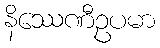
နိဿေဏီဥပမာ